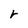
Character: r